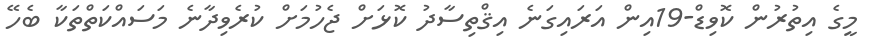
މީގެ އިތުުރުން ކޮވިޑް-19އިން އަރައިގަނެ އިޤްތިސާދު ކޮޅަށް ޖެހުމަށް ކުރެވިދާނެ މަސައްކަތްތަކާ ބެހޭ